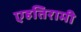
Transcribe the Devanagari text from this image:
एहतिरामी